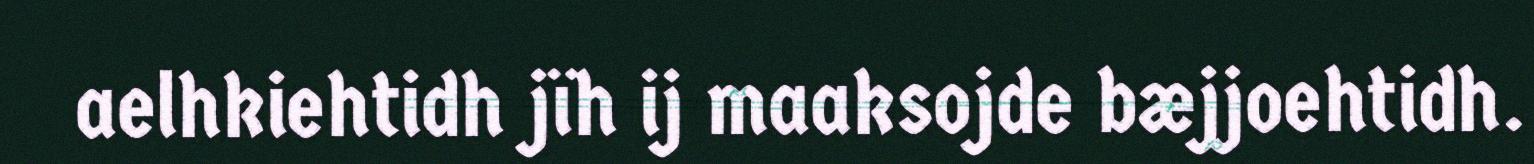
aelhkiehtidh jïh ij maaksojde bæjjoehtidh.